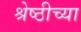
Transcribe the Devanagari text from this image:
श्रेष्ठीच्या